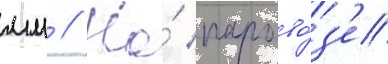
мм // На́ парово́з'е